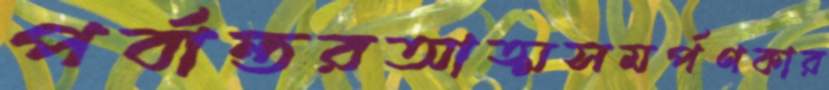
পর্বান্তরআত্মসমর্পণকার